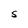
Character: S